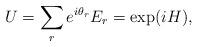
LaTeX: \begin{align*}U=\sum_r e^{i\theta_r}E_r=\exp(iH),\end{align*}